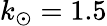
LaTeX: k_{\odot}=1.5